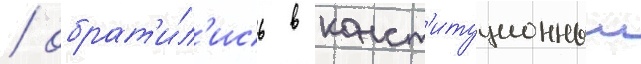
/ обрат'и́л'ись в конст'итуционныи